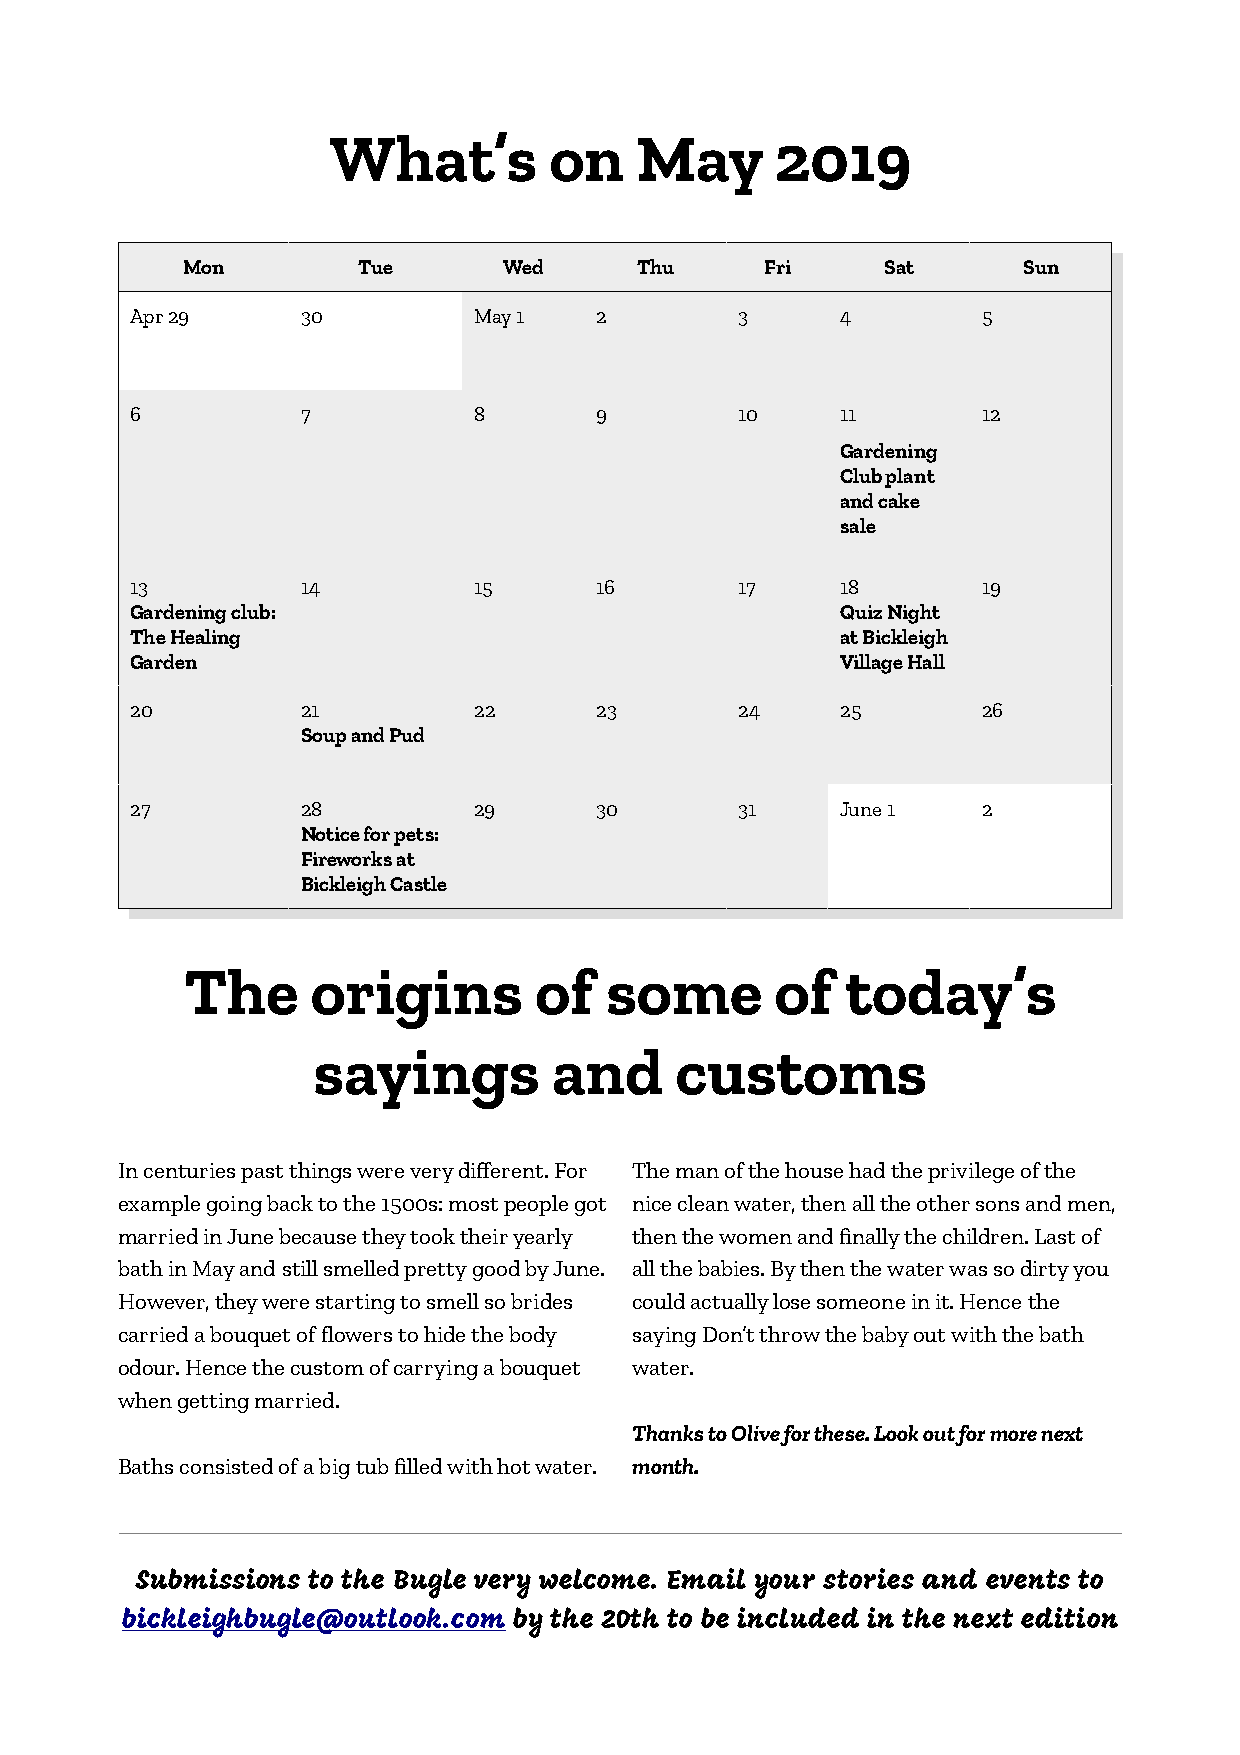
What’s        on    May      2019
 Mon         Tue      Wed      Thu      Fri     Sat      Sun
 Apr 29     30         May 1   2         3      4        5
 6          7          8       9         10     11       12
 Gardening
 Club plant
 and cake
 sale
 13         14         15      16        17     18       19
 Gardening club:                                Quiz Night
 The Healing                                    at Bickleigh
 Garden                                         Village Hall
 20         21         22      23        24     25       26
 Soup and Pud
 27         28         29      30        31     June 1   2
 Notice for pets:
 Fireworks at
 Bickleigh Castle
 The      origins       of   some       of   today’s
 sayings         and     customs
 In centuries past things were very different. For The man of the house had the privilege of the
 example going back to the 1500s: most people got nice clean water, then all the other sons and men,
 married in June because they took their yearly then the women and finally the children. Last of
 bath in May and still smelled pretty good by June. all the babies. By then the water was so dirty you
 However, they were starting to smell so brides could actually lose someone in it. Hence the
 carried a bouquet of flowers to hide the body saying Don’t throw the baby out with the bath
 odour. Hence the custom of carrying a bouquet water.
 when getting married.
 Thanks to Olive for these. Look out for more next
 Baths consisted of a big tub filled with hot water. month.
 Submissions to the Bugle very welcome. Email your stories and events to
 bickleighbugle@outlook.com by the 20th to be included in the next edition